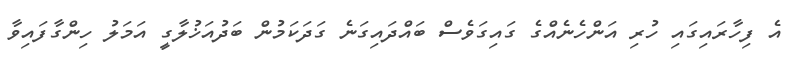
އެ ފިހާރައިގައި ހުރި އަންހެނެއްގެ ގައިގަވެސް ބައްދައިގަނެ ގަދަކަމުން ބަދުއަޚުލާގީ އަމަލު ހިންގާފައިވާ